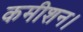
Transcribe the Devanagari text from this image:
कमीशन।